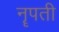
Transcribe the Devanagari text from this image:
नॄपती